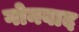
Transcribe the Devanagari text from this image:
गोनबाद